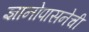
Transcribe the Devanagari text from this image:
ज्ञानोपासनेची